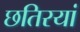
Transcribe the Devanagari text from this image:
छतिरयां